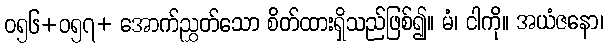
ဝ၅၆+ဝ၅၇+ အောက်ညွှတ်သော စိတ်ထားရှိသည်ဖြစ်၍။ မံ၊ ငါကို။ အယံဇနော၊